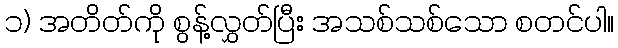
၁) အတိတ်ကို စွန့်လွှတ်ပြီး အသစ်သစ်သော စတင်ပါ။